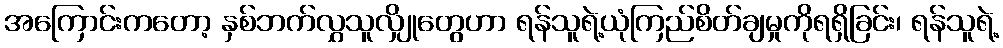
အကြောင်းကတော့ နှစ်ဘက်လွှသူလျှိုတွေဟာ ရန်သူရဲ့ယုံကြည်စိတ်ချမှုကိုရရှိခြင်း၊ ရန်သူရဲ့